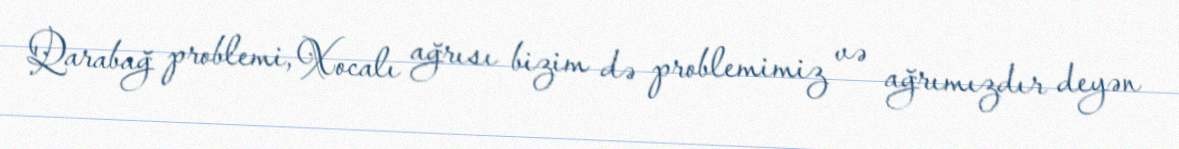
Qarabağ problemi, Xocalı ağrısı bizim də problemimiz və ağrımızdır deyən